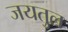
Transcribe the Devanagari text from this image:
जयतुल